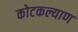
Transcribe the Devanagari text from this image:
कोटकल्याण